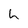
Character: h